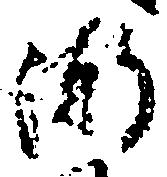
漸